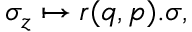
\sigma _ { z } \mapsto r ( q , p ) . \sigma ,